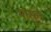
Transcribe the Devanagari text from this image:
मासूने